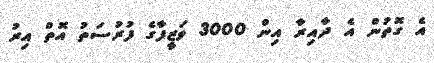
އެ ގޮތުން އެ ދާއިރާ އިން 3000 ވަޒީފާގެ ފުރުސަތު އޮތް އިރު